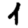
Digit: 1